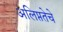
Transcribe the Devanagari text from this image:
अलिप्ततेचे